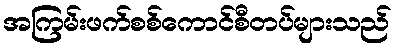
အကြမ်းဖက်စစ်ကောင်စီတပ်များသည်